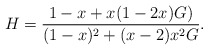
\begin{align*}H = \frac{1-x + x(1-2x)G)}{(1-x)^2 + (x-2)x^2G}.\end{align*}